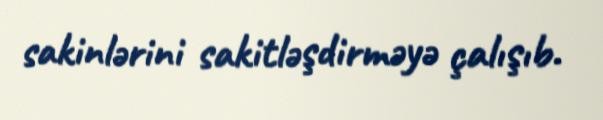
sakinlərini sakitləşdirməyə çalışıb.